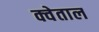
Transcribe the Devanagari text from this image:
क्वेताल